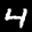
Label: 4